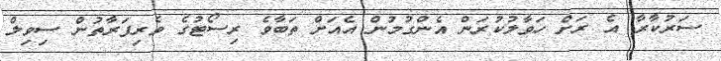
ސަރުކާރާ އެ ރަށް ހަވާލުކުރަން އެންގުމުން އެއަށް ތަބާވެ ރިސޯޓުގެ ވެރިފަރާތުން ސިވިލް